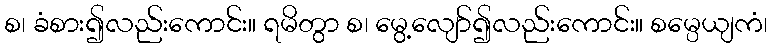
စ၊ ခံစား၍လည်းကောင်း။ ရမိတွာ စ၊ မွေ့လျော်၍လည်းကောင်း။ စမ္ပေယျကံ၊